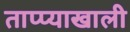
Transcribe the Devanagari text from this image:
ताप्प्याखाली